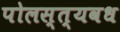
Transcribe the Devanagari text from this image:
पोलस्त्यवध